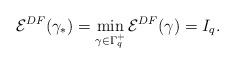
LaTeX: \begin{align*}\mathcal{E}^{DF}(\gamma_*)=\min_{\gamma\in\Gamma_q^+}\mathcal{E}^{DF}(\gamma)=I_q.\end{align*}